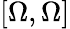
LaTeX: [\Omega,\Omega]